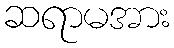
ဆရာမအား